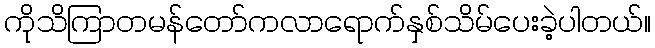
ကိုသိကြာတမန်တော်ကလာရောက်နှစ်သိမ်ပေးခဲ့ပါတယ်။